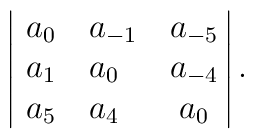
\left|\,\matrix{a_0\hfill& a_{-1}\hfill& a_{-5}\cr           a_1\hfill& a_{0}\hfill& a_{-4}\cr           a_5\hfill& a_{4}\hfill& a_{0}\cr}\right|.